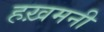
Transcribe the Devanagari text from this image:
हख़मनी